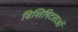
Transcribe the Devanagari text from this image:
विशिषिटताओं